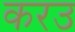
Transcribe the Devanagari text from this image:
करउ